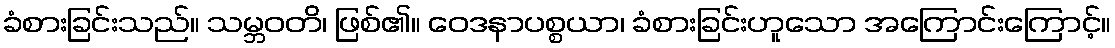
ခံစားခြင်းသည်။ သမ္ဘဝတိ၊ ဖြစ်၏။ ဝေဒနာပစ္စယာ၊ ခံစားခြင်းဟူသော အကြောင်းကြောင့်။